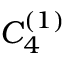
{ C } _ { 4 } ^ { ( 1 ) }